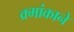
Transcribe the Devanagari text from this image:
क्र्मांकाने